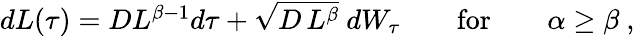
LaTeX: \begin{array}{r}{dL(\tau)=DL^{\beta-1}d\tau+\sqrt{D\, L^{\beta}}\ dW_{\tau}\qquad\mathrm{for}\qquad\alpha\ge\beta\ ,}\end{array}